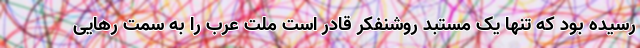
رسیده بود که تنها یک مستبد روشنفکر قادر است ملت عرب را به سمت رهایی